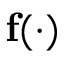
\mathbf f ( \cdot )